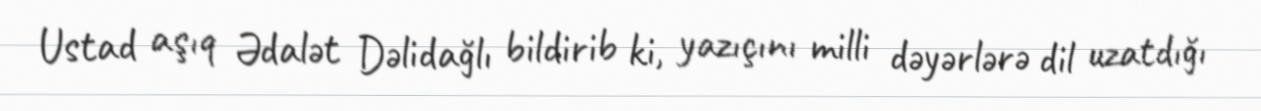
Ustad aşıq Ədalət Dəlidağlı bildirib ki, yazıçını milli dəyərlərə dil uzatdığı